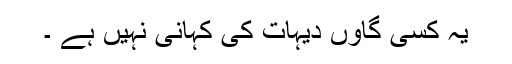
یہ کسی گاؤں دیہات کی کہانی نہیں ہے ۔